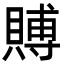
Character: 賻